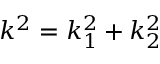
k ^ { 2 } = k _ { 1 } ^ { 2 } + k _ { 2 } ^ { 2 }